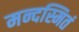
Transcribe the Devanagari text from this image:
मन्दस्मितं